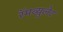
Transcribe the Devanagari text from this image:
रॅमब्युलेट